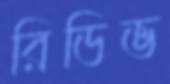
রিডিভ